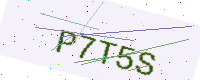
Text: P7T5S